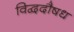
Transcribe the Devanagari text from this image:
विद्वदौषध